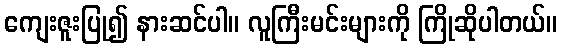
ကျေးဇူးပြု၍ နားဆင်ပါ။ လူကြီးမင်းများကို ကြိုဆိုပါတယ်။